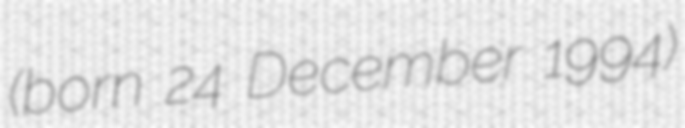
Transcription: (born 24 December 1994)